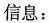
信息：